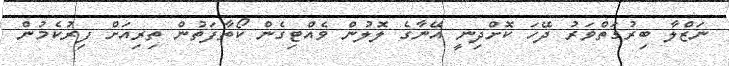
ނަޒްލާ ބިރުގަތްވަރު ދޭހަ ކޮށްދިނީ އޭނާގެ ލޮލުން ވެއްޓިގެން ކޯތާފަތުން ތިރިއަށް ފިރުކެމުން